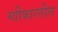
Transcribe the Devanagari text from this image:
स्वीकारतील